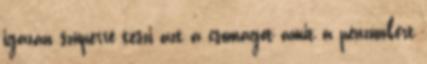
igazán szuperré teszi azt a csomagot amit a pénzünkért